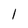
Character: 1